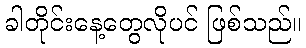
ခါတိုင်းနေ့တွေလိုပင် ဖြစ်သည်။